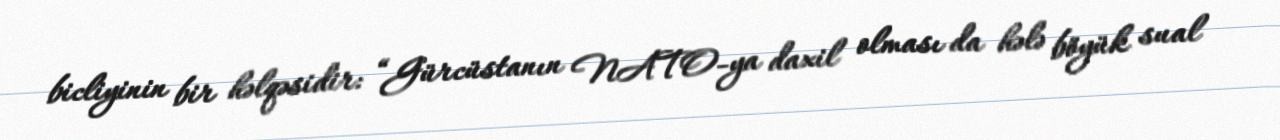
bicliyinin bir həlqəsidir: “Gürcüstanın NATO-ya daxil olması da hələ böyük sual